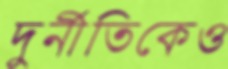
দুর্নীতিকেও